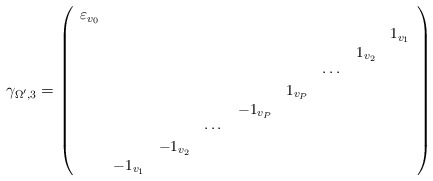
\begin{align*}\gamma_{\Omega',3}={\small \left( \begin{array}{ccccccccc}\varepsilon_{v_0} & & & & & & & & \\ & & & & & & & & 1_{v_1} \\ & & & & & & &1_{v_2} & \\ & & & & & & \cdots& & \\ & & & & & 1_{v_P} & & & \\ & & & &-1_{v_P}& & & & \\ & & & \cdots & & & & & \\ & & -1_{v_2}& & & & & & \\ & -1_{v_1} & & & & & & & \end{array} \right)}\end{align*}